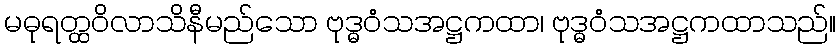
မဓုရတ္ထဝိလာသိနီမည်သော ဗုဒ္ဓဝံသအဋ္ဌကထာ၊ ဗုဒ္ဓဝံသအဋ္ဌကထာသည်။